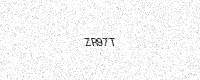
Text: ZR97T